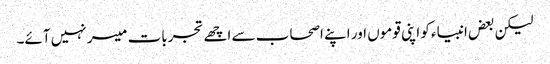
لیکن بعض انبیاء کو اپنی قوموں اور اپنے اصحاب سے اچھے تجربات میسر نہیں آئے۔